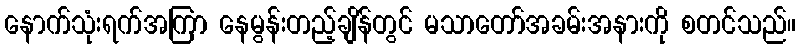
နောက်သုံးရက်အကြာ နေမွန်းတည့်ချိန်တွင် မသာတော်အခမ်းအနားကို စတင်သည်။